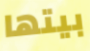
بيتها